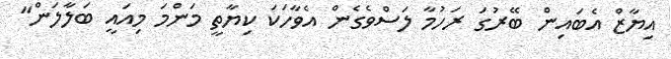
އިޔާޒް އެބައިން ބޭރުގަ ރަހުމާ ލަސްވެގެން އެވާހަކަ ކިޔާތީ މަންމަ މިއައީ ބަލާލަން"